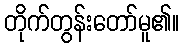
တိုက်တွန်းတော်မူ၏။